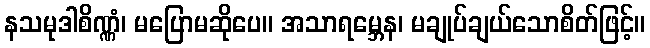
နသမုဒါစိဏ္ဏံ၊ မပြောမဆိုပေ။ အသာရမ္ဘေန၊ မချုပ်ချယ်သောစိတ်ဖြင့်။